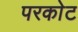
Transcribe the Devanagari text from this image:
परकाेट